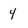
Character: 4